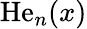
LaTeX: \operatorname{He}_{n}(x)